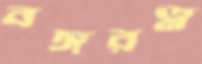
বঙ্গরত্ন